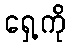
ရှေ့ကို